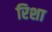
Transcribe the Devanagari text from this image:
रिशा